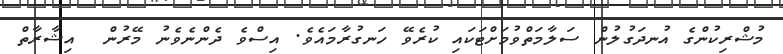
މުޝްރިކުންގެ އުނދަގުލުން ސަލާމަތްވުމަށްޓަކައި ކުރެވޭ ހަނގުރާމައެވެ. އިސްވެ ދެންނެވެނު މޭރުން  އިޝާރާތް